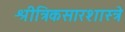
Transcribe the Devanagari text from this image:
श्रीत्रिकसारशास्त्रे